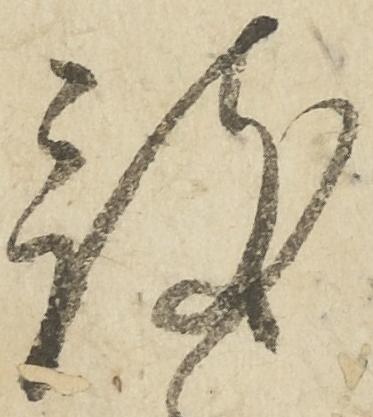
被